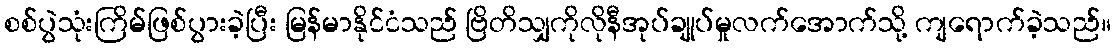
စစ်ပွဲသုံးကြိမ်ဖြစ်ပွားခဲ့ပြီး မြန်မာနိုင်ငံသည် ဗြိတိသျှကိုလိုနီအုပ်ချုပ်မှုလက်အောက်သို့ ကျရောက်ခဲ့သည်။